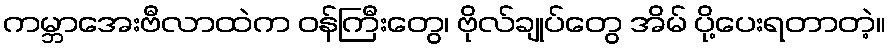
ကမ္ဘာအေးဗီလာထဲက ဝန်ကြီးတွေ၊ ဗိုလ်ချုပ်တွေ အိမ် ပို့ပေးရတာတဲ့။